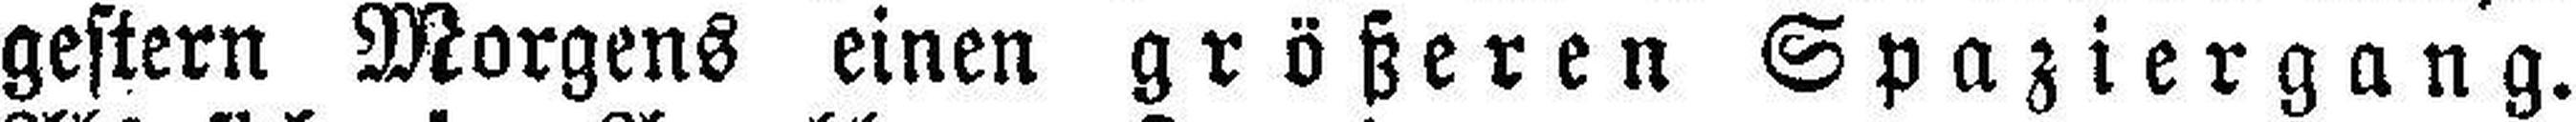
gestern Morgens einen größeren Spaziergang.